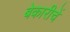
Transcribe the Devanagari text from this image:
बेकारीचें